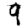
Digit: 9